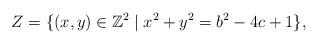
LaTeX: \begin{align*}Z = \{(x,y)\in\mathbb{Z}^2 \mid x^2+y^2=b^2-4c+1\},\end{align*}